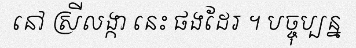
នៅ ស្រីលង្កា នេះ ផងដែរ ។ បច្ចុប្បន្ន